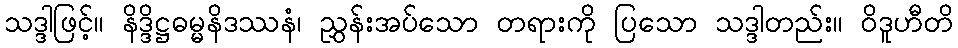
သဒ္ဒါဖြင့်။ နိဒ္ဒိဋ္ဌဓမ္မနိဒဿနံ၊ ညွှန်းအပ်သော တရားကို ပြသော သဒ္ဒါတည်း။ ဝိဒူဟီတိ